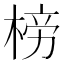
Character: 𣓲